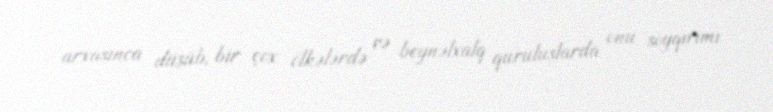
arxasınca düşüb, bir çox ölkələrdə və beynəlxalq quruluşlarda onu soyqırımı